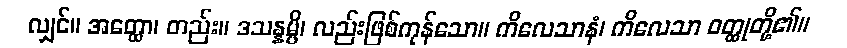
လျှင်။ အတ္ထော၊ တည်း။ ဒသန္နမ္ပိ၊ လည်းဖြစ်ကုန်သော။ ကိလေသာနံ၊ ကိလေသာ ဝတ္ထုတို့၏။